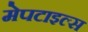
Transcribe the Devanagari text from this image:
मेपटाइल्स